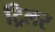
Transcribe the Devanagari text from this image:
ट्रिलर